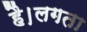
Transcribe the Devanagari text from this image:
है।लगता